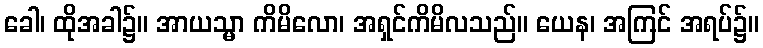
ခေါ၊ ထိုအခါ၌။ အာယသ္မာ ကိမိလော၊ အရှင်ကိမိလသည်။ ယေန၊ အကြင် အရပ်၌။